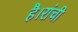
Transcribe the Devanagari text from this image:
है।रांची